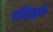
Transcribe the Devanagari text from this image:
हरिद्वर्ण